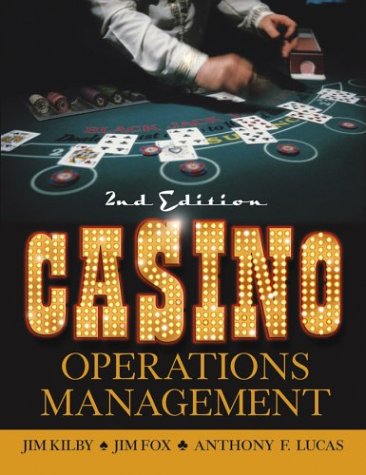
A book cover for Casino Operations Management; Jim Kilby; Humor & Entertainment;